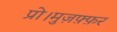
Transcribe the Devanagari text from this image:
प्रो।मुज़फ़्फ़र